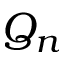
Q _ { n }